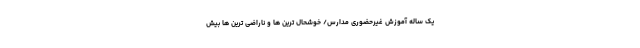
یک ساله آموزش غیرحضوری مدارس/ خوشحال ‌ترین ها و ناراضی ‌ترین ها بیش